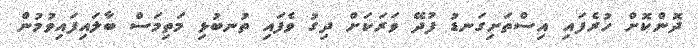
ދޮންކޮށް ހުރެފައި އިސްތަށިގަނޑު ފުދޭ ވަރަކަށް ދިގު ވެފައި ތުނބުޅި މަތިމަސް ބާލައިފައިވުމުން